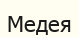
Медея